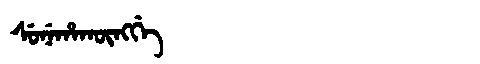
Manchu: ᠰᡠᠨᡝᡥᠠᡴᡡᠩᡤᡝ
Romanization: SUNEHAKŪNGGE